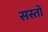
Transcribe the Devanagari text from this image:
सस्तो